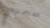
صحيح